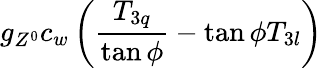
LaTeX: g_{Z^{0}}c_{w}\left({{\frac{T_{3q}}{\tan\phi}}-\tan\phi T_{3l}}\right)